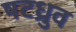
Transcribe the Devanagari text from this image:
षटध्रुव